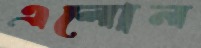
এলোন